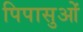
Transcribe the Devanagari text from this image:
पिपासुओं